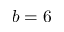
b = 6